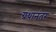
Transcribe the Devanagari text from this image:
ग्रंथानंतर